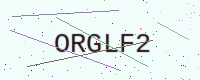
Text: ORGLF2